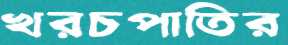
খরচপাতির